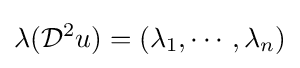
\lambda ({\cal {D}}^{2}u)=(\lambda _{1},\cdots ,\lambda _{n})